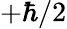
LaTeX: +\hbar/2